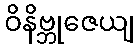
ဝိနိဗ္ဘုဇေယျ